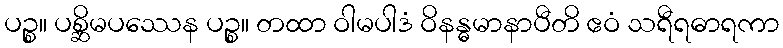
ပဉ္စ။ ပစ္ဆိမပဿေန ပဉ္စ။ တထာ ဝါမပါဒံ ဝိနန္ဓမာနာပီတိ ဧဝံ သရီရဓာရကာ